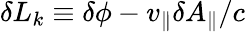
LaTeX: \delta L_{k}\equiv\delta\phi-v_{\parallel}\delta A_{\parallel}/c